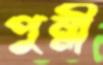
পুন্নী